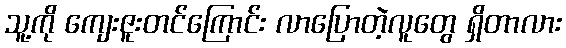
သူ့ကို ကျေးဇူးတင်ကြောင်း လာပြောတဲ့လူတွေ ရှိတာလား